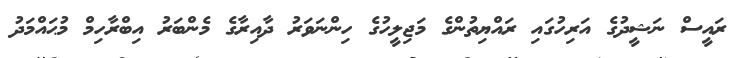
ރައީސް ނަޝީދުގެ އަރިހުގައި ރައްޔިތުންގެ މަޖިލީހުގެ ހިންނަވަރު ދާއިރާގެ މެންބަރު އިބްރާހިމް މުޙައްމަދު